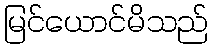
မြင်ယောင်မိသည်